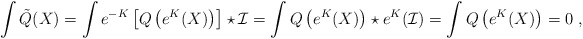
\begin{align*}\int \tilde{Q}(X)=\int e^{-K}\left[Q\left(e^{K}(X)\right)\right]\star\mathcal{I}=\int Q\left(e^{K}(X)\right)\star e^K(\mathcal{I})=\int Q\left(e^{K}(X)\right)=0 \ ,\end{align*}